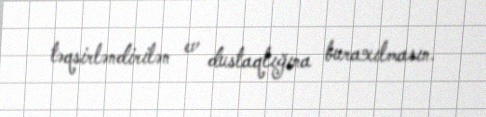
təqsirləndirilən ev dustaqlığına buraxılmasın.